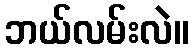
ဘယ်လမ်းလဲ။